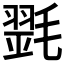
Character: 𣯰